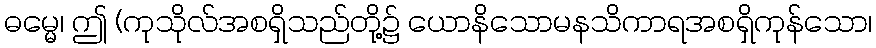
ဓမ္မေ၊ ဤ (ကုသိုလ်အစရှိသည်တို့၌ ယောနိသောမနသိကာရအစရှိကုန်သော၊